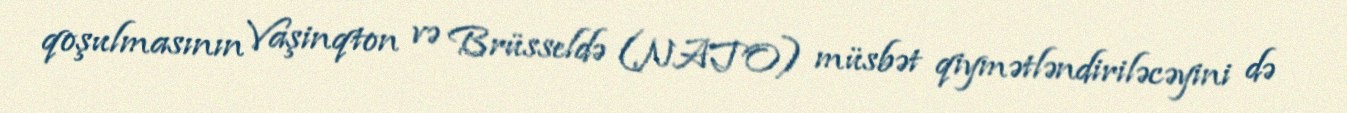
qoşulmasının Vaşinqton və Brüsseldə (NATO) müsbət qiymətləndiriləcəyini də